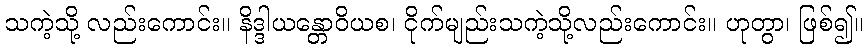
သကဲ့သို့ လည်းကောင်း။ နိဒ္ဒါယန္တောဝိယစ၊ ငိုက်မျည်းသကဲ့သို့လည်းကောင်း။ ဟုတွာ၊ ဖြစ်၍။